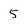
Character: 5